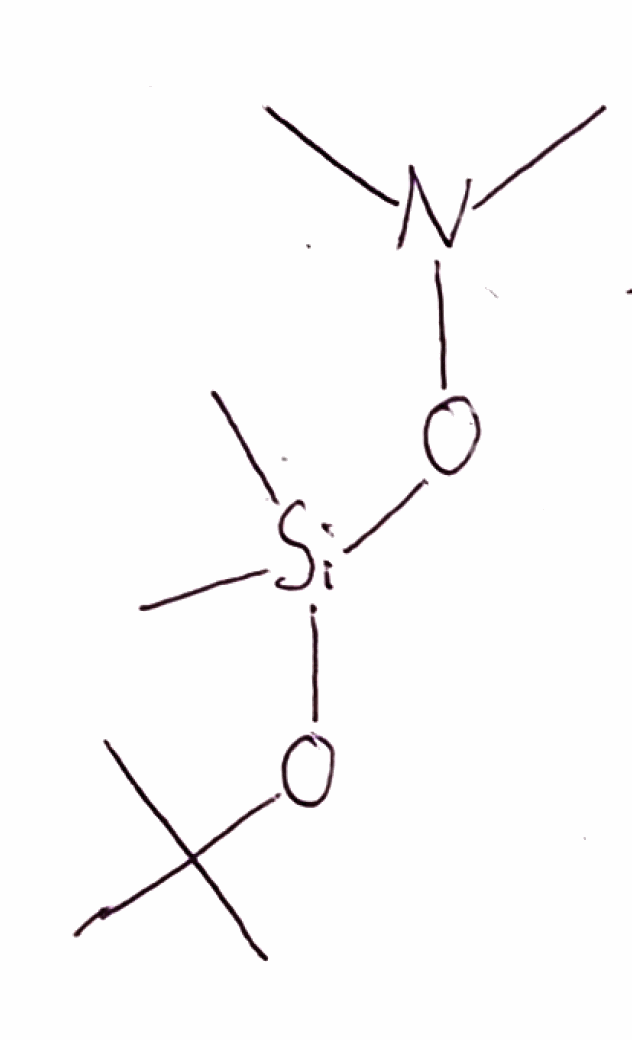
Simplified molecular-input line-entry system (SMILES) notation of the given molecule:
CC(C)(C)O[Si](C)(C)ON(C)C